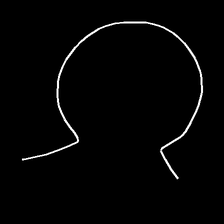
Glyph: weave